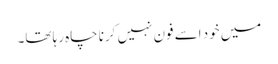
میں خود اسے فون نہیں کرنا چاہ رہا تھا۔